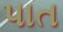
પાત